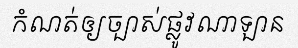
កំណត់ឲ្យច្បាស់ផ្លូវណាឡាន